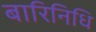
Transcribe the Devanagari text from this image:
बारिनिधि